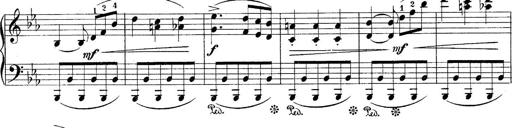
Title: 10 Sonatines progressives
Composer: Anton Schmoll